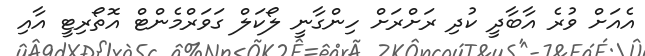
އެއަށް ވުރެ އާބާދީ ކުދި ރަށްރަށް ހިންގާނީ ލޯކަލް ގަވަރްމެންޓް އޮތޯރިޓީ އާއި